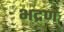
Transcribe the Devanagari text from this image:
भद्रण